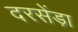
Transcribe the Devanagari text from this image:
दरसेंड़ा